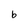
Character: b